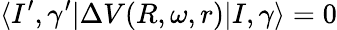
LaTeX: \langle I^{\prime},\gamma^{\prime}|\Delta V(R,\omega,r)|I,\gamma\rangle=0